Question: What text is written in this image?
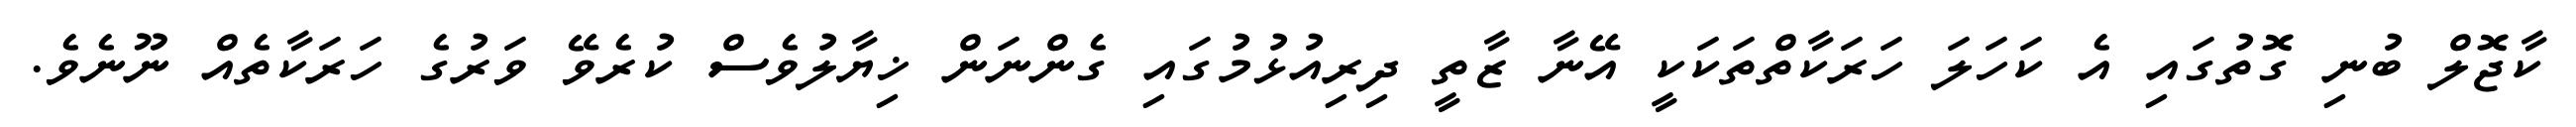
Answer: ކާޖޮލް ބުނި ގޮތުގައި އެ ކަހަލަ ހަރަކާތްތަކަކީ އޭނާ ޒާތީ ދިރިއުޅުމުގައި ގެންނަން ޚިޔާލުވެސް ކުރެވޭ ވަރުގެ ހަރަކާތެއް ނޫނެވެ.